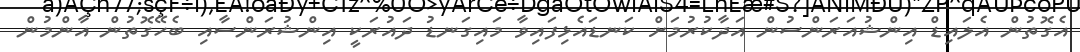
އެގޮތުން އެލައިޑް އިންޝުއަރަންސުން އަދާކުރުމަށް ކަނޑައެޅިފައިވާ މައިގަނޑު ދައުރަކީ އިންޝުރަންސާއި ބެހޭގޮތުން އާންމުން